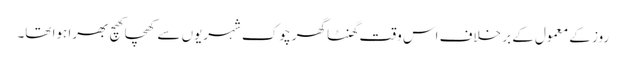
روز کے معمول کے بر خلاف اس وقت گھنٹا گھر چوک شہریوں سے کھچا کھچ بھرا ہوا تھا۔